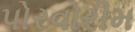
પોરવોરીમ